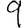
Digit: 9